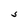
Character: S